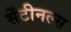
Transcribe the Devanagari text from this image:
सेंटीनल्स